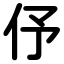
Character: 伃